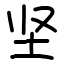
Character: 坚